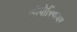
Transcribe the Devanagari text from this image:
त्रोपोस्फियर